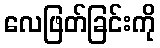
လေဖြတ်ခြင်းကို